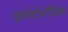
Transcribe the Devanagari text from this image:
डरमेटोलॉजिक